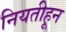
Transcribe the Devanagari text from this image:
नियतीहून